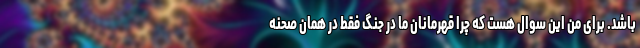
باشد. برای من این سوال هست که چرا قهرمانان ما در جنگ فقط در همان صحنه